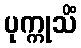
ပုက္ကုသိံ